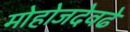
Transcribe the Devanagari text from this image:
मोहोजदेवढे